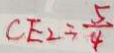
C E _ { 2 } = \frac { 5 } { 4 }